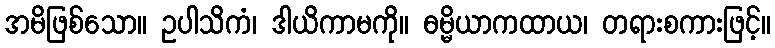
အမိဖြစ်သော။ ဥပါသိကံ၊ ဒါယိကာမကို။ ဓမ္မိယာကထာယ၊ တရားစကားဖြင့်။